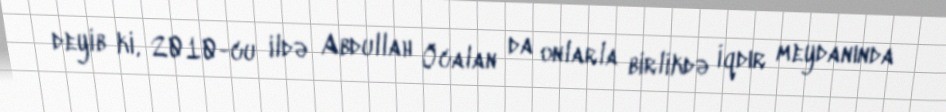
deyib ki, 2010-cu ildə Abdullah Öcalan da onlarla birlikdə İqdır meydanında